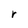
Character: r